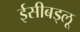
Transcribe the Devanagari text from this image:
ईसीबड्लू